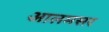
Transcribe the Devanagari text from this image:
आलमसर